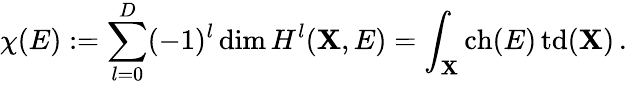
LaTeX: \chi(E):=\sum_{l=0}^{D}(-1)^{l}\dim{H}^{l}(\mathbf{X},E)=\int_{\mathbf{X}}\mathop{\mathrm{{ch}}}(E)\mathop{\mathrm{{td}}}(\mathbf{X})\, .